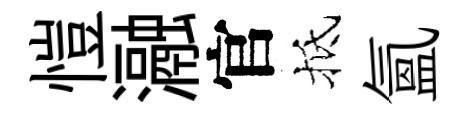
愷瀜官抵氲